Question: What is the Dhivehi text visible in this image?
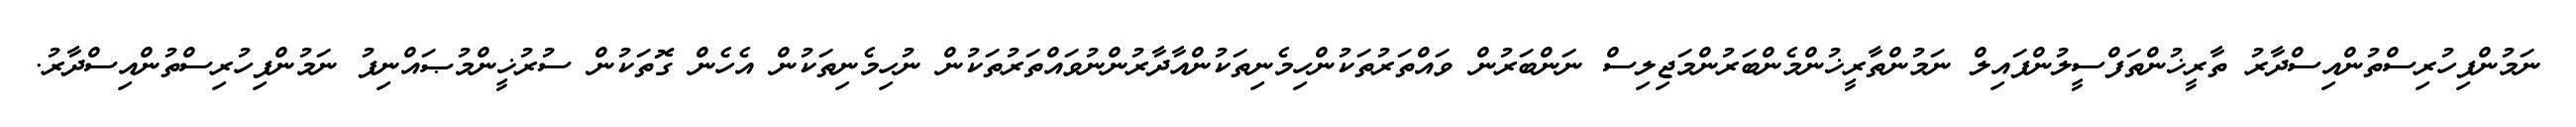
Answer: ނަމުންފިހުރިސްތުންއިސްދާރު ތާރީޚުންތަފްސީލުންފައިލް ނަމުންތާރީޚުންމެންބަރުންމަޖިލިސް ނަންބަރުން ވައްތަރުތަކުންހިމެނިތަކުންއާދާރުންނުވައްތަރުތަކުން ނުހިމެނިތަކުން އެހެން ގޮތަކުން ސުރުޚީންމުޞައްނިފު ނަމުންފިހުރިސްތުންއިސްދާރު.